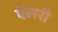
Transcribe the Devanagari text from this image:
ऍलरी